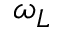
\omega _ { L }